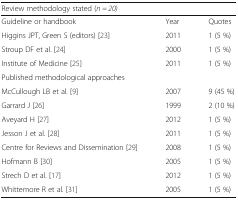
<table><thead><tr><td colspan="3"><b>Review methodology stated (<i>n = 20)</i></b></td></tr></thead><tbody><tr><td>Guideline or handbook</td><td>Year</td><td>Quotes</td></tr><tr><td>Higgins JPT, Green S (editors) [23]</td><td>2011</td><td>1 (5 %)</td></tr><tr><td>Stroup DF et al. [24]</td><td>2000</td><td>1 (5 %)</td></tr><tr><td>Institute of Medicine [25]</td><td>2011</td><td>1 (5 %)</td></tr><tr><td>Published methodological approaches</td><td></td><td></td></tr><tr><td>McCullough LB et al. [9]</td><td>2007</td><td>9 (45 %)</td></tr><tr><td>Garrard J [26]</td><td>1999</td><td>2 (10 %)</td></tr><tr><td>Aveyard H [27]</td><td>2012</td><td>1 (5 %)</td></tr><tr><td>Jesson J et al. [28]</td><td>2011</td><td>1 (5 %)</td></tr><tr><td>Cen﻿tre for Reviews and Dissemination [29]</td><td>2008</td><td>1 (5 %)</td></tr><tr><td>Hofmann B [30]</td><td>2005</td><td>1 (5 %)</td></tr><tr><td>Strech D et al. [17]</td><td>2012</td><td>1 (5 %)</td></tr><tr><td>Whittemore R et al. [31]</td><td>2005</td><td>1 (5 %)</td></tr></tbody></table>